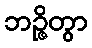
ဘဉ္ဇိတွာ